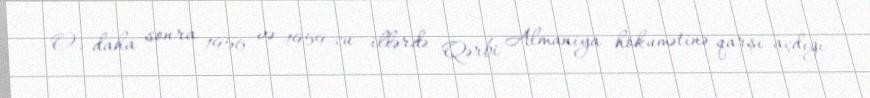
O, daha sonra 1956 və 1959-cu illərdə Qərbi Almaniya hökumətinə qarşı açdığı